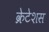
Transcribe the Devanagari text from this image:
क्रेटेशस